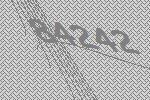
84242